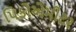
પિકોએમીટર